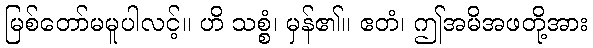
မြစ်တော်မမူပါလင့်။ ဟိ သစ္စံ၊ မှန်၏။ ဧတံ၊ ဤအမိအဖတို့အား